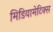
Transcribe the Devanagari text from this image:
मिडियामेटिक्स